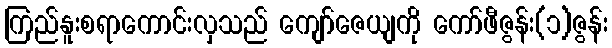
ကြည်နူးစရာကောင်းလှသည် ကျော်ဇေယျကို ကော်ဖီဇွန်း(၁)ဇွန်း